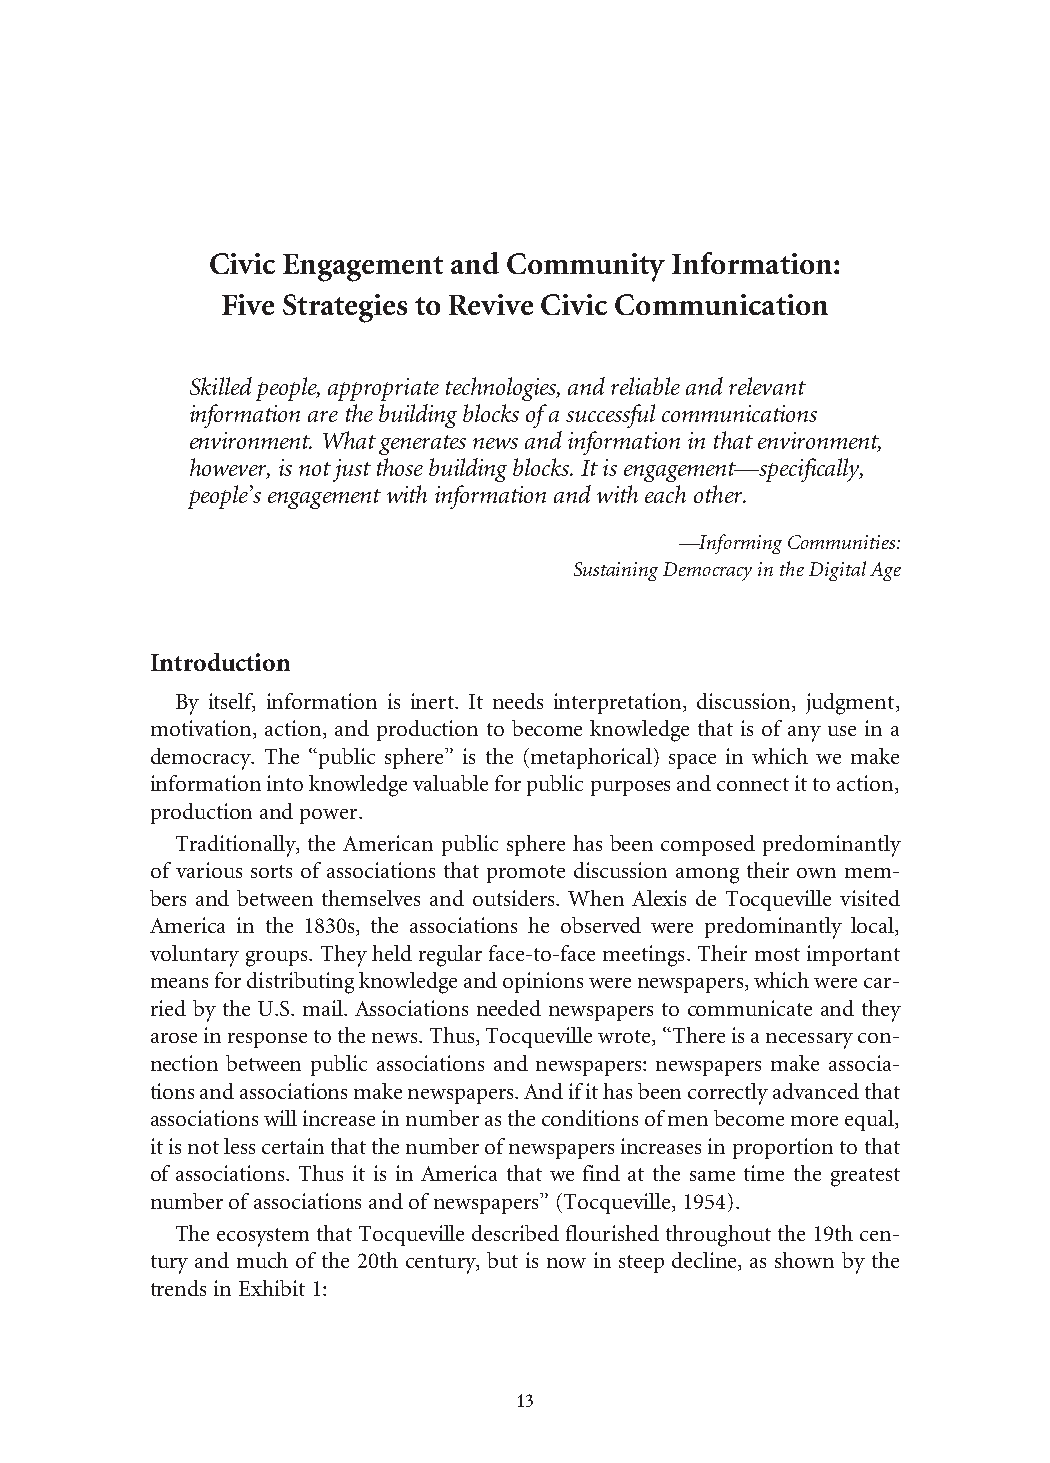
Civic Engagement and Community Information:
 Five Strategies to Revive Civic Communication
 Skilled people, appropriate technologies, and reliable and relevant
 information are the building blocks of a successful communications
 environment. What generates news and information in that environment,
 however, is not just those building blocks. It is engagement—specifically,
 people’s engagement with information and with each other.
 —Informing Communities:
 Sustaining Democracy in the Digital Age
 Introduction
 By itself, information is inert. It needs interpretation, discussion, judgment,
 motivation, action, and production to become knowledge that is of any use in a
 democracy. The “public sphere” is the (metaphorical) space in which we make
 information into knowledge valuable for public purposes and connect it to action,
 production and power.
 Traditionally, the American public sphere has been composed predominantly
 of various sorts of associations that promote discussion among their own mem-
 bers and between themselves and outsiders. When Alexis de Tocqueville visited
 America in the 1830s, the associations he observed were predominantly local,
 voluntary groups. They held regular face-to-face meetings. Their most important
 means for distributing knowledge and opinions were newspapers, which were car-
 ried by the U.S. mail. Associations needed newspapers to communicate and they
 arose in response to the news. Thus, Tocqueville wrote, “There is a necessary con-
 nection between public associations and newspapers: newspapers make associa-
 tions and associations make newspapers. And if it has been correctly advanced that
 associations will increase in number as the conditions of men become more equal,
 it is not less certain that the number of newspapers increases in proportion to that
 of associations. Thus it is in America that we find at the same time the greatest
 number of associations and of newspapers” (Tocqueville, 1954).
 The ecosystem that Tocqueville described flourished throughout the 19th cen-
 tury and much of the 20th century, but is now in steep decline, as shown by the
 trends in Exhibit 1:
 13